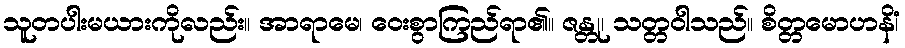
သူတပါးမယားကိုလည်း။ အာရာမေ၊ ဝေးစွာကြည်ရာ၏။ ဇန္တု၊ သတ္တဝါသည်။ စိတ္တမောဟနိံ၊